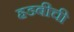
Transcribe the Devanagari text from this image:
हडबीची